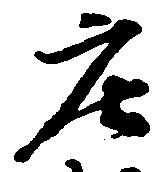
庄